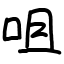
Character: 咀